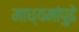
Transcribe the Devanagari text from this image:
माध्यमांपुढे